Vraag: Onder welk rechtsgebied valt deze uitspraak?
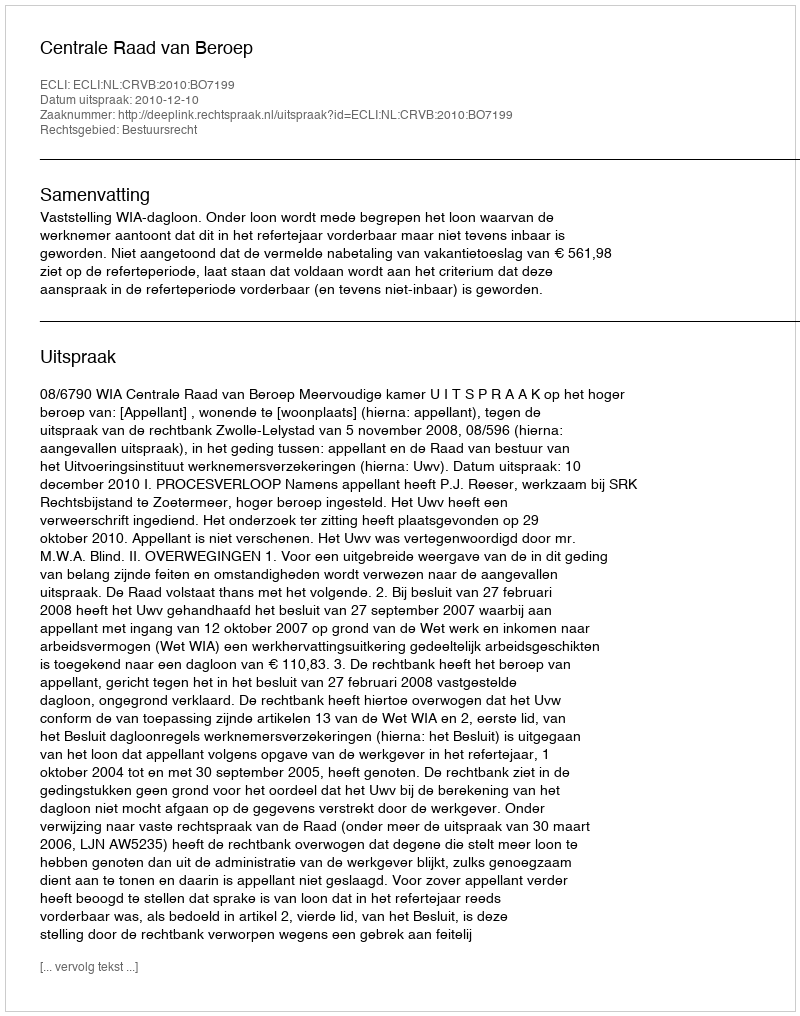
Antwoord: Bestuursrecht